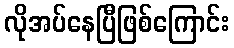
လိုအပ်နေပြီဖြစ်ကြောင်း